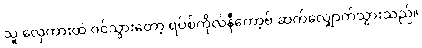
သူ လှေကားထဲ ဝင်သွားတော့ ရပ်စ်ကိုလ်နီကော့ဗ် ဆက်လျှောက်သွားသည်။